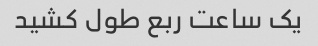
یک ساعت ربع طول کشید